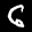
Label: 6